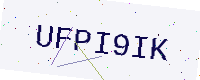
Text: UFPI9IK